system: You are a helpful assistant.
user:
Analyze the provided spectrum to determine if it is a **"Cataclysmic Variables (CV)"**.

- **Key Indicators for CV (Check for either state):**
    - **State 1: Quiescent / Low-State (Emission-Dominated)**
        - **(Primary):** Strong and *very broad* Hydrogen Balmer emission lines (e.g., $H\alpha$ at 6563 Å, $H\beta$ at 4861 Å). The 'broadness' (high velocity dispersion, often FWHM > 1000 km/s) is the key diagnostic, indicating a high-velocity accretion disk.
        - **(Secondary):** Broad neutral Helium (He I) emission lines (e.g., 5876 Å, 6678 Å).
        - **(Key Confirmation):** Presence of high-excitation *ionized* Helium (He II) emission at 4686 Å. This is a strong indicator of accretion onto a white dwarf.
        - **(Line Profile):** Emission lines may exhibit a 'double-peaked' profile, which is a classic signature of a rotating accretion disk viewed at high inclination.

    - **State 2: Outburst / High-State (Absorption-Dominated)**
        - **(Primary):** Spectrum is dominated by a bright, blue continuum (looks like a hot star).
        - **(Secondary):** The emission lines from State 1 are weak, absent, or 'filled in', and are replaced by broad, shallow *absorption* lines (primarily Balmer and He I).
        - **(Morphology):** The overall spectrum mimics a hot B/A-type star. The crucial difference is that the absorption lines are significantly broader, shallower, and more 'washed-out' (or 'smeared') than the sharp lines of a normal stellar photosphere, due to high rotational speeds and pressure broadening in the disk.

Think first, call **spectral_visualization_tool** if needed to examine features in detail, then provide your final answer. Your response must adhere to the following strict rules:
1.  **Overall Structure:** Your response must follow the format `<think>...</think> <tool_call>...</tool_call> (if a tool is used) <answer>...</answer>`.
2.  **Tool Usage Constraint:** You may only make **one** tool call per turn.
3.  **Final Answer Format:** In the `<answer>` tag, your conclusion must be inside a `\boxed{}` command (e.g., `\boxed{YES}`), followed by your justification.

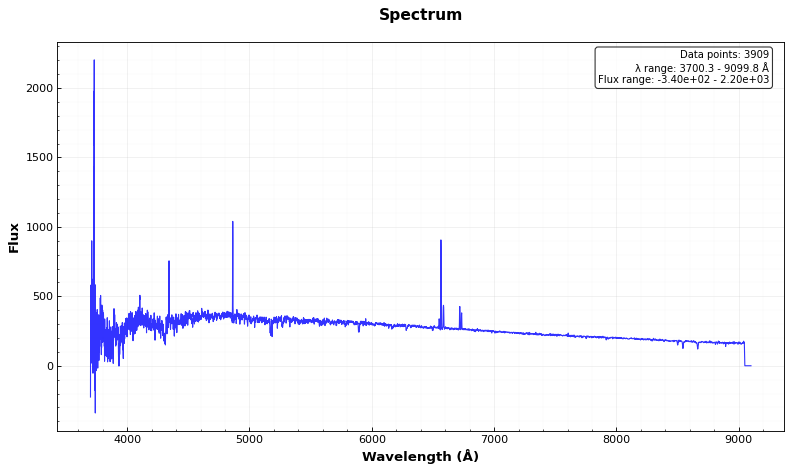
Answer: NO